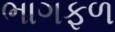
ભાગફળ